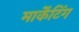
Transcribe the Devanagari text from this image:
मार्केंटिंग